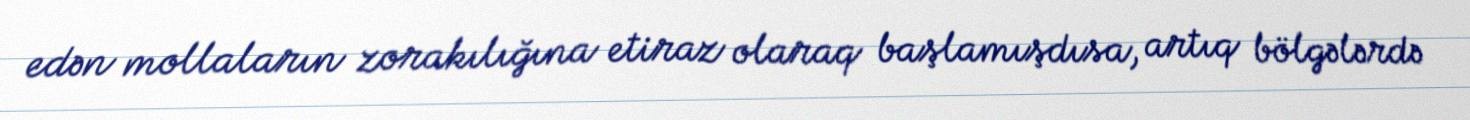
edən mollaların zorakılığına etiraz olaraq başlamışdısa, artıq bölgələrdə